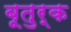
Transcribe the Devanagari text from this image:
बूतुर्क